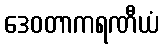
ဒေဝတာကရဏီယံ